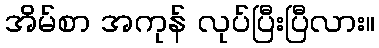
အိမ်စာ အကုန် လုပ်ပြီးပြီလား။